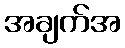
အချက်အ